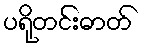
ပရိုတင်းဓာတ်